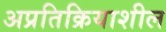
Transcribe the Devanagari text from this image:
अप्रतिक्रियाशील